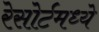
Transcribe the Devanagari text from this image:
रेसोर्टमध्ये